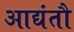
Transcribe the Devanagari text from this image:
आद्यंतौ